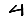
Digit: 4